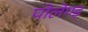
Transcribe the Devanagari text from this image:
पोलेण्ड़